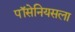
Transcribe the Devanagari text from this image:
पॉसेनियसला